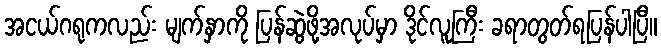
အငယ်ဂရုကလည်း မျက်နှာကို ပြန်ဆွဲဖို့အလုပ်မှာ ဒိုင်လူကြီး ခရာတွတ်ရပြန်ပါပြီ။